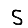
Digit: 5